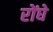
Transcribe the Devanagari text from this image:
रोंघे